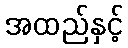
အထည်နှင့်